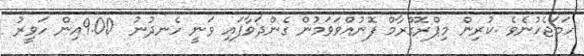
ހަމަޖެހުނެވެ .ކުރިން މިޕްރޮގްރާމް ފޮނުއްވަވަމުން ގެންދަވާފައި ވަނީ ހެނދުނު  9.00އިން ހަވީރު